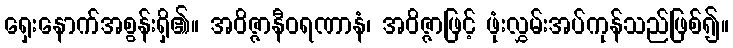
ရှေးနောက်အစွန်းရှိ၏။ အဝိဇ္ဇာနီဝရဏာနံ၊ အဝိဇ္ဇာဖြင့် ဖုံးလွှမ်းအပ်ကုန်သည်ဖြစ်၍။